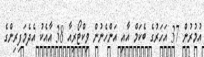
އުމުރުން 37 އަހަރުގެ ބެކަމް އާއި އަންހެނުން ވިކްޓޯރިއާ 38 އާއެކު އެދެމަފިރިންގެ